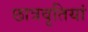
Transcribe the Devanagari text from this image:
छात्रवृतियां